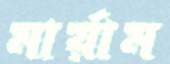
মার্য়াম